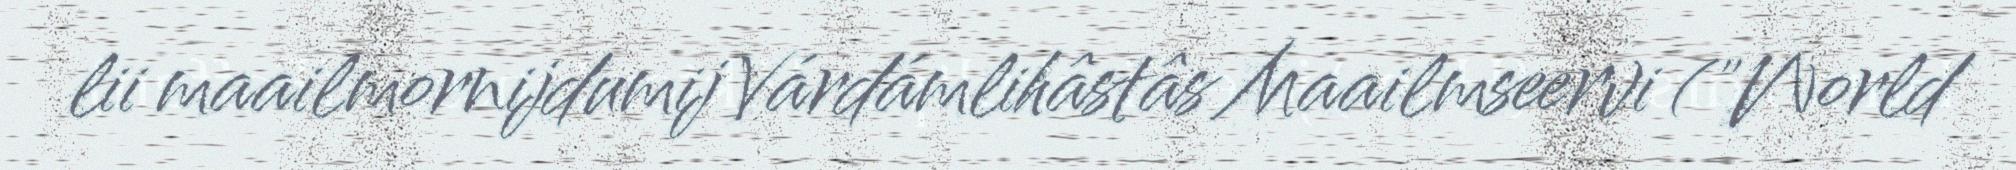
lii maailmornijdumij Várdámlihâstâs Maailmseervi ("World